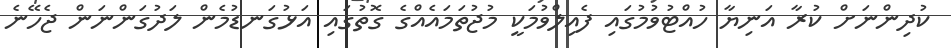
ކުދިންނަށް ކުރާ އަނިޔާ ހުއްޓުވުމުގައި ފެއިލްވުމަކީ މުޖުތަމައެއްގެ ގޮތުގައި އަޅުގަނޑުމެން ލަދުގަންނަން ޖެހޭނެ